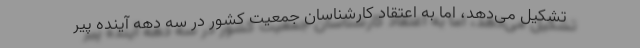
تشکیل می‌دهد، اما به اعتقاد کارشناسان جمعیت کشور در سه دهه آینده پیر